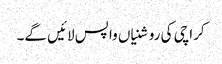
کراچی کی روشنیاں واپس لائیں گے۔